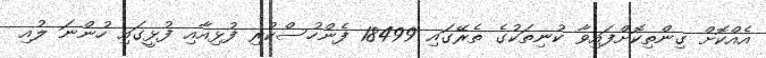
އެއްކޮށް ގިންތިކޮށްފައިވާ ކުނިތަކުގެ ތެރޭގައި 18499 ފެންހުސްކުރި ފުޅިއާއި ފުޅީގައި ހުންނަ ލުއި